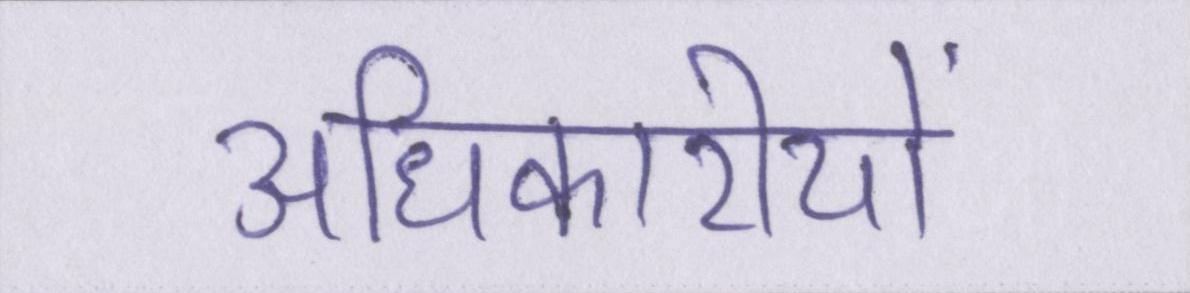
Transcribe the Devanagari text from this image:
अधिकारीयों